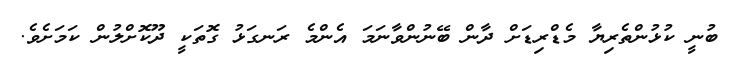
ބުނީ ކުޅުންތެރިޔާ މެޑްރިޑަށް ދާން ބޭނުންވާނަމަ އެންމެ ރަނގަޅު ގޮތަކީ ދޫކޮށްލުން ކަމަށެވެ.